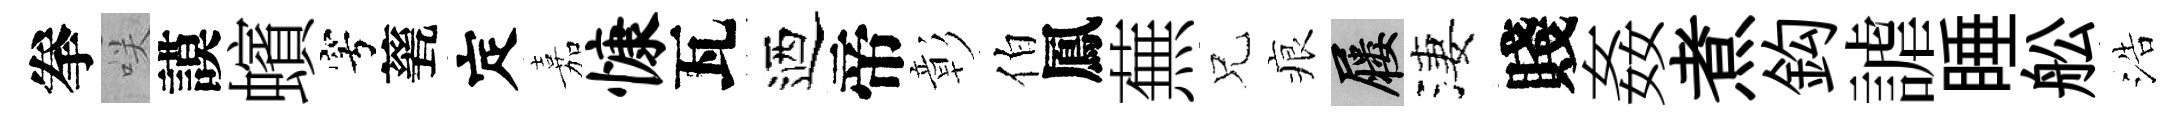
拳咲謨蠙穹甆定嘉慷瓦迺帝彰伯鳳蕪兄痕屨淒賤姦煮鈎謔睡舩浩